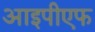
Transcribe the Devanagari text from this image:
आइपीएफ